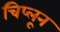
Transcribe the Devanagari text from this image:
चिप्लून